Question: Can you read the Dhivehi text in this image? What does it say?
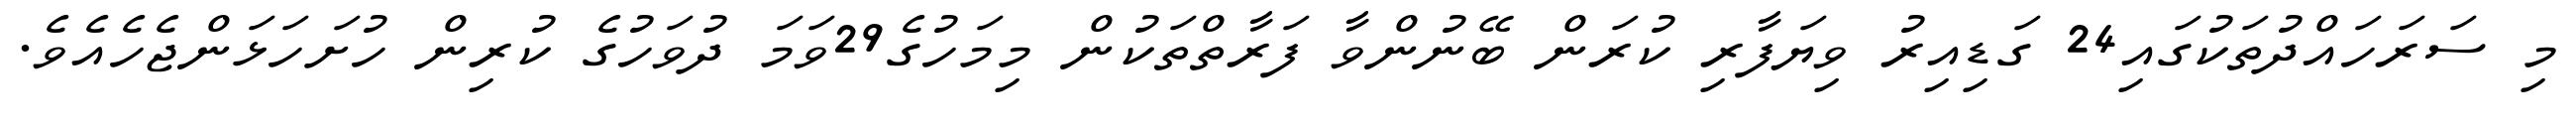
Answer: މި ސަރަހައްދުތަކުގައި24 ގަޑިއިރު ވިޔަފާރި ކުރަން ބޭނުންވާ ފަރާތްތަކުން މިމަހުގެ29ވަމަ ދުވަހުގެ ކުރިން ހުށަހަޅަންޖެހެއެވެ.